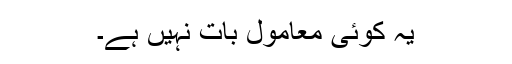
یہ کوئی معامول بات نہیں ہے۔